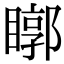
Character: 䁨